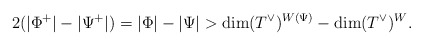
\begin{align*}2(|\Phi^+|-|\Psi^+|)=|\Phi|-|\Psi| > \dim (T^\vee)^{W(\Psi)} - \dim (T^\vee)^W. \end{align*}